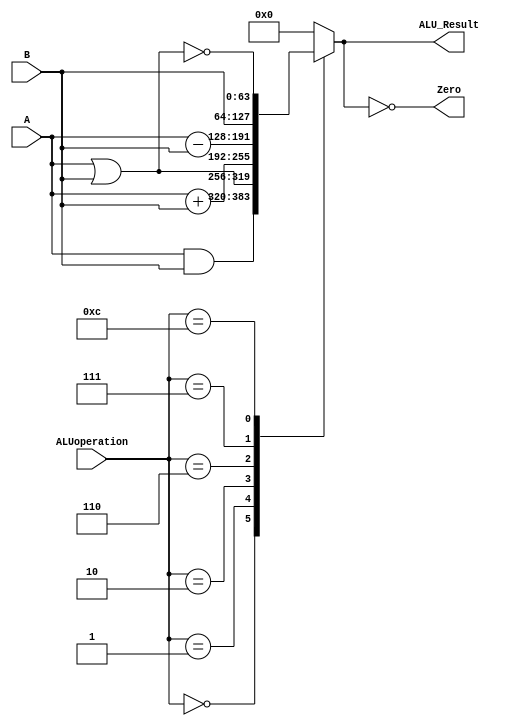
`timescale 1ns / 1ps

module LEGv8 (ALUoperation,A,B,ALU_Result,Zero);
	input [3:0] ALUoperation;
	input [63:0] A, B;
	output reg [63:0] ALU_Result;
	output Zero;
	assign Zero = (ALU_Result==0); 		//Zero is true if ALU_Result is 0
	always @(ALUoperation, A,B) begin  // reevaluate if these chang 
		case (ALUoperation)
			0: ALU_Result <= A & B;
			1: ALU_Result <= A | B;
			2: ALU_Result <= A + B;
			6: ALU_Result <= A - B;
			7: ALU_Result <= B;
			12: ALU_Result <= ~(A | B);   // result is nor
			default: ALU_Result <=0;
		endcase
	end
endmodule
//----------------------------------------------------